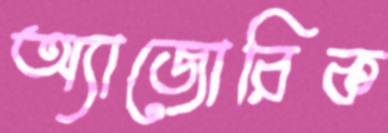
অ্যাজোরিক